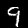
Digit: 9